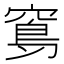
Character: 𥧈